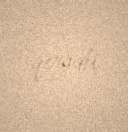
qoydu.